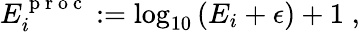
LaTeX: \begin{array}{r}{E_{i}^{\mathrm{~p~r~o~c~}}:=\log_{10}\left(E_{i}+\epsilon\right)+1\; ,}\end{array}